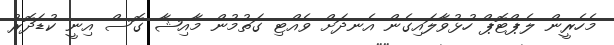
މެހެރީން ލެޕްޓޮޕް ހުޅުވާލައިގެން އެނދަށް ވެއްޓި ގަތުމުން މާއިޝާ ގޮސް އިނީ ކުޑަދޮރު